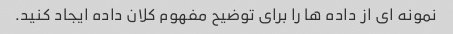
نمونه ای از داده ها را برای توضیح مفهوم کلان داده ایجاد کنید.